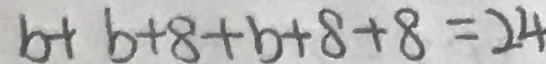
b + b + 8 + b + 8 + 8 = 2 4